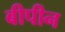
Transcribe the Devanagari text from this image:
बीपीन